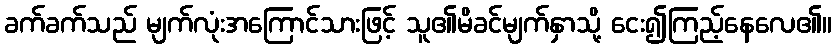
ခက်ခက်သည် မျက်လုံးအကြောင်သားဖြင့် သူ၏မိခင်မျက်နှာသို့ ငေး၍ကြည့်နေလေ၏။